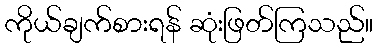
ကိုယ်ချက်စားရန် ဆုံးဖြတ်ကြသည်။